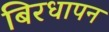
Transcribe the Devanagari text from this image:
बिरधापन